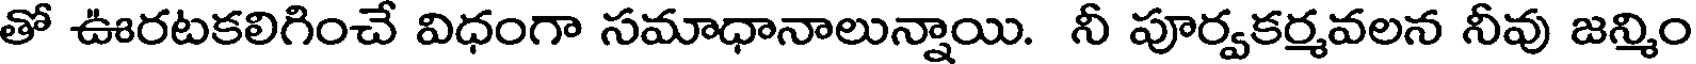
తో ఊరటకలిగించే విధంగా సమాధానాలున్నాయి. నీ పూర్వకర్మవలన నీవు జన్మిం